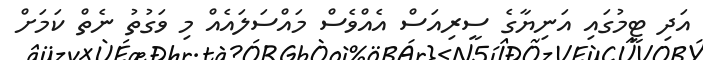
އަދި ޓީމުގައި އަނިޔާގެ ސީރިއަސް އެއްވެސް މައްސަލައެއް މި ވަގުތު ނެތް ކަމަށް